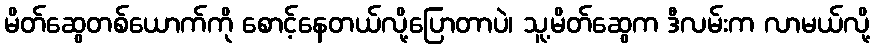
မိတ်ဆွေတစ်ယောက်ကို စောင့်နေတယ်လို့ပြောတာပဲ၊ သူ့မိတ်ဆွေက ဒီလမ်းက လာမယ်လို့